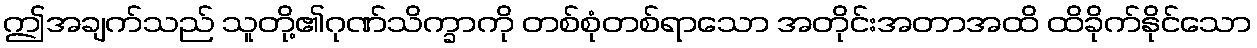
ဤအချက်သည် သူတို့၏ဂုဏ်သိက္ခာကို တစ်စုံတစ်ရာသော အတိုင်းအတာအထိ ထိခိုက်နိုင်သော